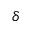
\delta